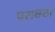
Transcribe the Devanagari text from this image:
परावठा